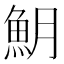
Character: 𩵺